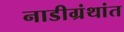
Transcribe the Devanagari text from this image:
नाडीग्रंथांत